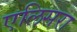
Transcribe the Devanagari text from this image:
एलिसरा